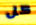
كل